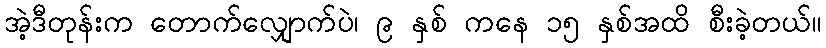
အဲ့ဒီတုန်းက တောက်လျှောက်ပဲ၊ ၉ နှစ် ကနေ ၁၅ နှစ်အထိ စီးခဲ့တယ်။